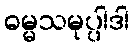
ဓမ္မသမုပ္ပါဒါ